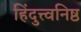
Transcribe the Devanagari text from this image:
हिंदुत्त्वनिष्ठ